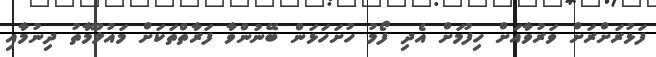
ފަޅުރަށްރަށް ވަރުވާއަށް ހިފުމަށް އެދި ފޯމު ހުށަހަޅަން ބޭނުންވާ ފަރާތްތަކަށް މައުލޫމާތު ދިނުމާއި